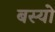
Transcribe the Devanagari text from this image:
बस्‍यो